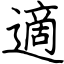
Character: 適